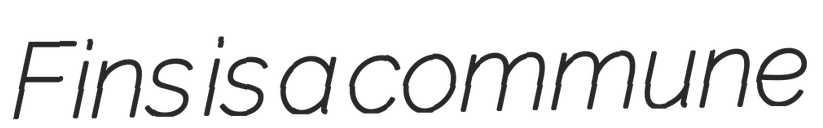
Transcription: Fins is a commune